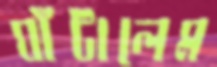
ঘাঁটালেম